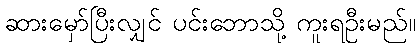
ဆားမှော်ပြီးလျှင် ပင်းဘောသို့ ကူးရဦးမည်။